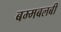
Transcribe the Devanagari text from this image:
बम्मबलबी